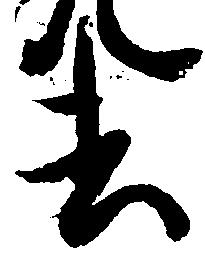
去